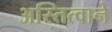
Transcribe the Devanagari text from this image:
अस्तित्‍वाने